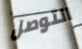
التوصل